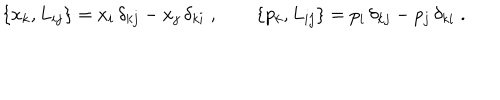
\{ x _ { k } , L _ { i j } \} = x _ { i } \, \delta _ { k j } - x _ { j } \, \delta _ { k i } \; , \qquad \{ p _ { k } , L _ { i j } \} = p _ { i } \, \delta _ { k j } - p _ { j } \, \delta _ { k i } \; .